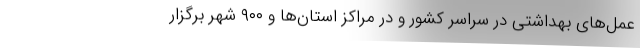
عمل‌های بهداشتی در سراسر کشور و در مراکز استان‌ها و ۹۰۰ شهر برگزار